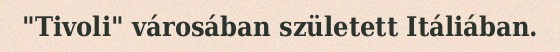
"Tivoli" városában született Itáliában.